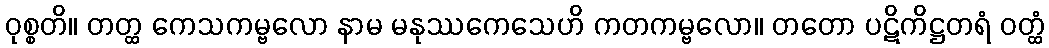
ဝုစ္စတိ။ တတ္ထ ကေသကမ္ဗလော နာမ မနုဿကေသေဟိ ကတကမ္ဗလော။ တတော ပဋိကိဋ္ဌတရံ ဝတ္ထံ